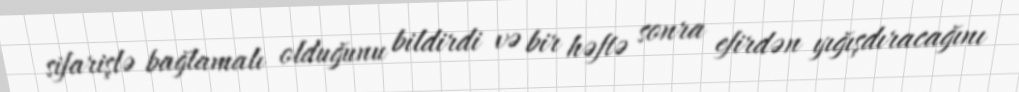
sifarişlə bağlamalı olduğunu bildirdi və bir həftə sonra efirdən yığışdıracağını